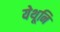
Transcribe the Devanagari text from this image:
येथूनि